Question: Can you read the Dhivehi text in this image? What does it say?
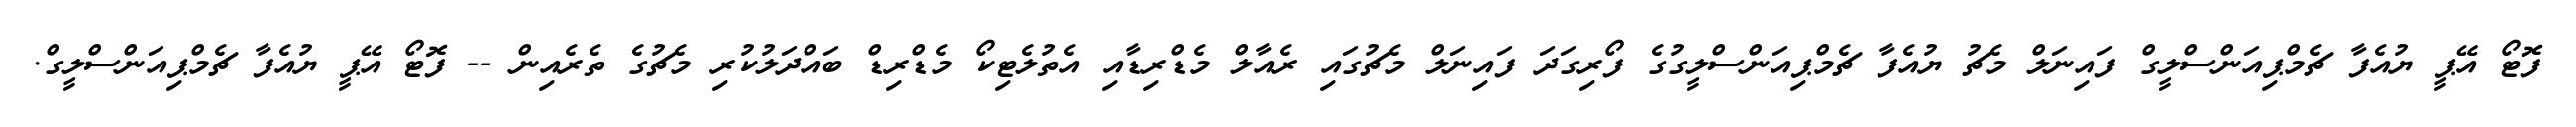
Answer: ފޮޓޯ އޭޕީ ޔުއެފާ ޗެމްޕިއަންސްލީގް ފައިނަލް މެޗު ޔުއެފާ ޗެމްޕިއަންސްލީގުގެ ފޯރިގަދަ ފައިނަލް މެޗުގައި ރެއާލް މެޑްރިޑާއި އެތުލެޓިކޯ މެޑްރިޑް ބައްދަލުކުރި މެޗުގެ ތެރެއިން -- ފޮޓޯ އޭޕީ ޔުއެފާ ޗެމްޕިއަންސްލީގް.